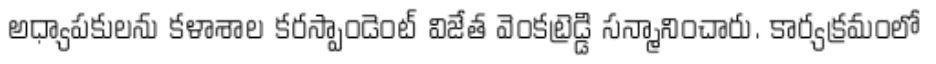
అధ్యాపకులను కళాశాల కరస్పాండెంట్ విజేత వెంకట్రెడ్డి సన్మానించారు. కార్యక్రమంలో